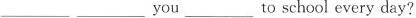
________you ______toschool every day?